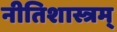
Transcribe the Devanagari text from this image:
नीतिशास्त्रम्‌